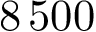
8 \, 5 0 0